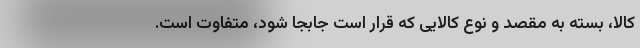
کالا، بسته به مقصد و نوع کالایی که قرار است جابجا شود، متفاوت است.